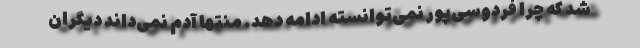
شد که چرا فردوسی‌پور نمی‌توانسته ادامه دهد. منتها آدم نمی‌داند دیگران